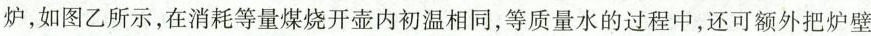
炉，如图乙所示，在消耗等量煤烧开壶内初温相同，等质量水的过程中，还可额外把炉壁